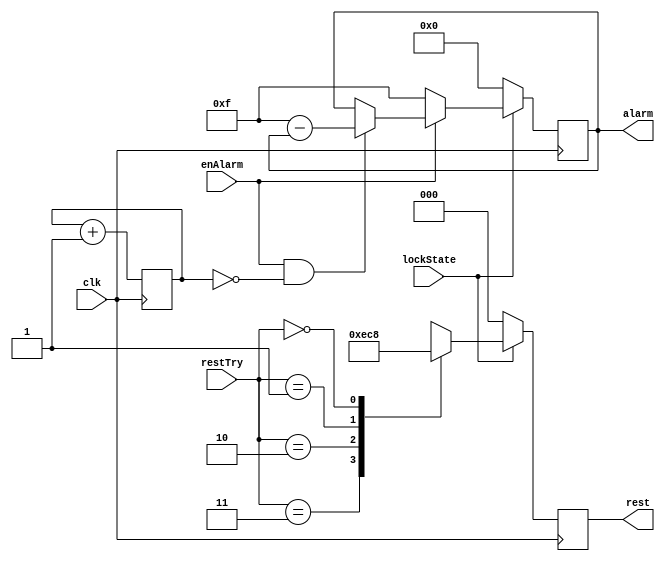
`timescale 1ns / 1ps
//////////////////////////////////////////////////////////////////////////////////
// Company: 
// Engineer: 
// 
// Design Name: 
// Module Name: stateLight
// Project Name: 
// Target Devices: 
// Tool Versions: 
// Description: 
// 
// Dependencies: 
// 
// Revision:
// Revision 0.01 - File Created
// Additional Comments:
// 
//////////////////////////////////////////////////////////////////////////////////


module stateLight(clk, enAlarm, restTry, lockState, alarm, rest);

	reg [24:0] twinkleCnt;
    // reg [1:0] twinkleCnt;

	input clk;
	input enAlarm;
	input [1:0] restTry;
	input lockState;
	output [3:0] alarm;
	output [2:0] rest;

	reg [3:0] alarm;
	reg [2:0] rest;
    
	initial begin
		alarm <= 4'b0000;
		rest <= 3'b000;
		twinkleCnt <= 1'b1;
	end
	
	always @(posedge clk) begin
	    if (lockState == 0) begin
	        rest <= 3'b000;
	    end
	    else begin
	        case (restTry)
                3: rest <= 3'b111;
                2: rest <= 3'b011;
                1: rest <= 3'b001;
                0: rest <= 3'b000;
                default: rest <= 3'b111;
            endcase
        end
	end

	always @(posedge clk) begin
	    if (enAlarm == 1 && twinkleCnt == 0) begin
	        alarm <= 4'b1111 - alarm;
	    end
	    
		if (lockState == 0) begin
			alarm <= 8'b0000;
		end
		else if (enAlarm == 0) begin
			alarm <= 4'b1111;
		end
		
		twinkleCnt <= twinkleCnt + 1'b1;
		
	end

endmodule